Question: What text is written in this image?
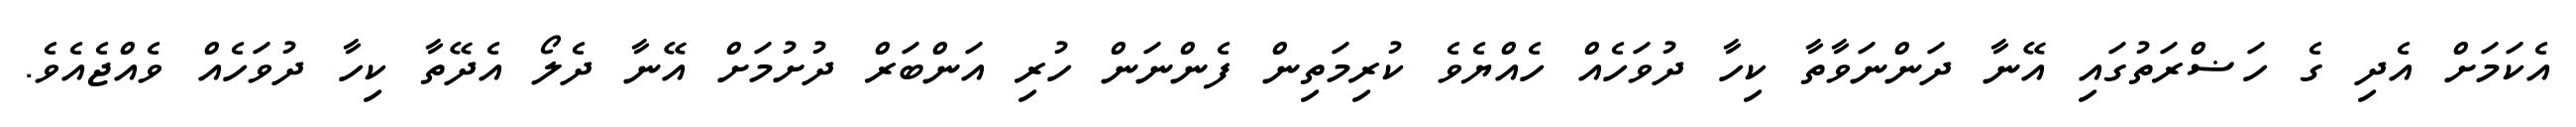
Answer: އެކަމަށް އެދި ގެ ހަޟްރަތުގައި އޭނާ ދަންނަވާތާ ކިހާ ދުވަހެއް ހެއްޔެވެ ކުރިމަތިން ފެންނަން ހުރި އަންބަރް ދުށުމަށް އޭނާ ދެލޯ އެދޭތާ ކިހާ ދުވަހެއް ވެއްޖެއެވެ.